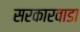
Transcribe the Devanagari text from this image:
सरकारवाडा